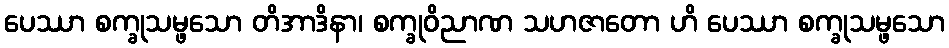
ပေဿာ စက္ခုသမ္ဖသော တိအာဒိနာ၊ စက္ခုဝိညာဏ သဟဇာတော ဟိ ပေဿာ စက္ခုသမ္ဖသော